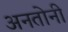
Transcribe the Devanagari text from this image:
अनतोनी